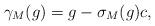
LaTeX: \begin{align*}\gamma_M(g)=g-\sigma_M(g)c,\end{align*}